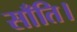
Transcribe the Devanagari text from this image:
साँति।